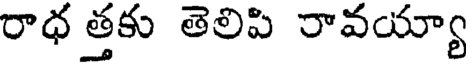
రాధ త్తకు తెలిపి రావయ్యా